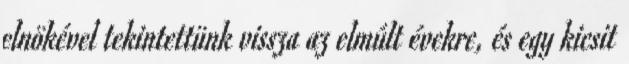
elnökével tekintettünk vissza az elmúlt évekre, és egy kicsit